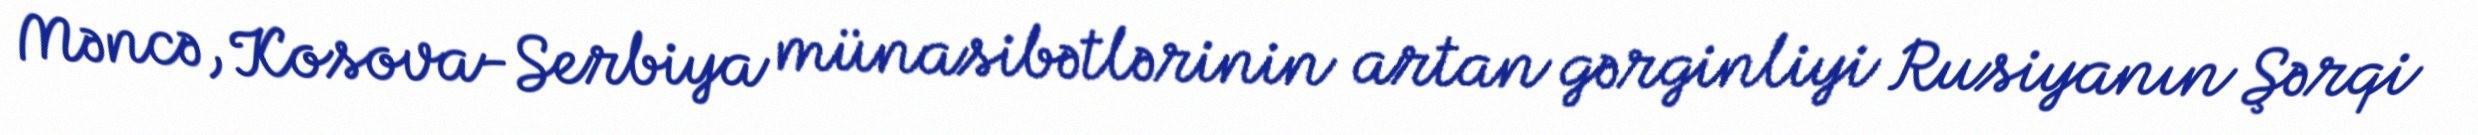
Məncə, Kosova-Serbiya münasibətlərinin artan gərginliyi Rusiyanın Şərqi